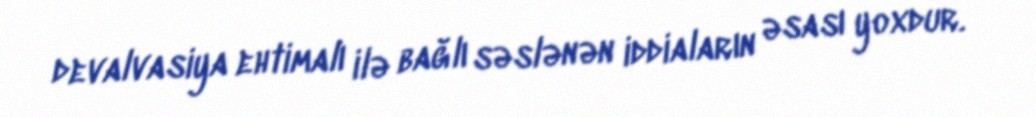
devalvasiya ehtimalı ilə bağlı səslənən iddiaların əsası yoxdur.